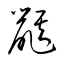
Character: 鼷